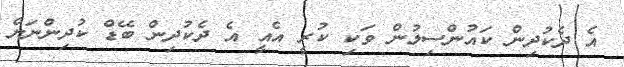
އެ ދެކުދިން ކައުންސިލުން ވަކި ކުރީ އެއީ އެ ދެކުދިން ބޭޑް ކުދިންނަށް